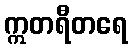
ဣတရီတရေ